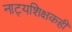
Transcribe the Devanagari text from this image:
नाट्यशिक्षकही